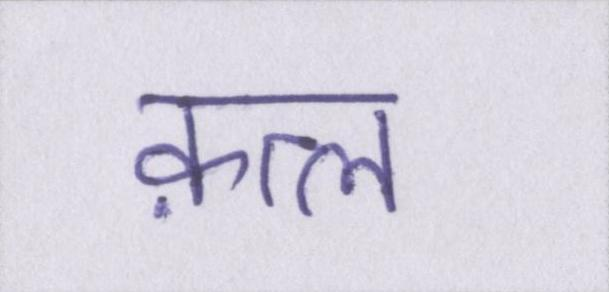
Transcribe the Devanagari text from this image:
क़त्ल